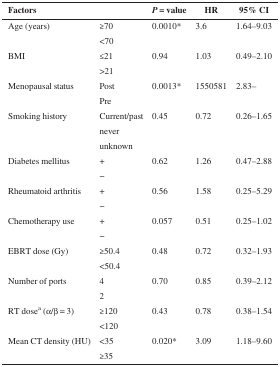
<table><thead><tr><td><b>Factors</b></td><td></td><td><b><i>P</i> = value</b></td><td><b>HR</b></td><td><b>95% CI</b></td></tr></thead><tbody><tr><td>Age (years)</td><td>≥70</td><td rowspan="2">0.0010*</td><td rowspan="2">3.6</td><td rowspan="2">1.64–9.03</td></tr><tr><td></td><td>&lt;70</td></tr><tr><td>BMI</td><td>≤21</td><td rowspan="2">0.94</td><td rowspan="2">1.03</td><td rowspan="2">0.49–2.10</td></tr><tr><td></td><td>&gt;21</td></tr><tr><td>Menopausal status</td><td>Post</td><td rowspan="2">0.0013*</td><td rowspan="2">1550581</td><td rowspan="2">2.83–</td></tr><tr><td></td><td>Pre</td></tr><tr><td>Smoking history</td><td>Current/past</td><td rowspan="3">0.45</td><td rowspan="3">0.72</td><td rowspan="3">0.26–1.65</td></tr><tr><td></td><td>never</td></tr><tr><td></td><td>unknown</td></tr><tr><td>Diabetes mellitus</td><td>+</td><td rowspan="2">0.62</td><td rowspan="2">1.26</td><td rowspan="2">0.47–2.88</td></tr><tr><td></td><td>−</td></tr><tr><td>Rheumatoid arthritis</td><td>+</td><td rowspan="2">0.56</td><td rowspan="2">1.58</td><td rowspan="2">0.25–5.29</td></tr><tr><td></td><td>−</td></tr><tr><td>Chemotherapy use</td><td>+</td><td rowspan="2">0.057</td><td rowspan="2">0.51</td><td rowspan="2">0.25–1.02</td></tr><tr><td></td><td>−</td></tr><tr><td>EBRT dose (Gy)</td><td>≥50.4</td><td rowspan="2">0.48</td><td rowspan="2">0.72</td><td rowspan="2">0.32–1.93</td></tr><tr><td></td><td>&lt;50.4</td></tr><tr><td>Number of ports</td><td>4</td><td rowspan="2">0.70</td><td rowspan="2">0.85</td><td rowspan="2">0.39–2.12</td></tr><tr><td></td><td>2</td></tr><tr><td>RT dose<sup>a</sup> (α/β = 3)</td><td>≥120</td><td rowspan="2">0.43</td><td rowspan="2">0.78</td><td rowspan="2">0.38–1.54</td></tr><tr><td></td><td>&lt;120</td></tr><tr><td>Mean CT density (HU)</td><td>&lt;35</td><td rowspan="2">0.020*</td><td rowspan="2">3.09</td><td rowspan="2">1.18–9.60</td></tr><tr><td></td><td>≥35</td></tr></tbody></table>